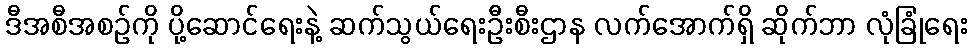
ဒီအစီအစဉ်ကို ပို့ဆောင်ရေးနဲ့ ဆက်သွယ်ရေးဦးစီးဌာန လက်အောက်ရှိ ဆိုက်ဘာ လုံခြုံရေး